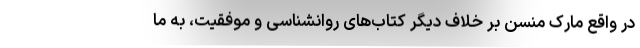
در واقع مارک منسن بر خلاف دیگر کتاب‌های روانشناسی و موفقیت، به ما